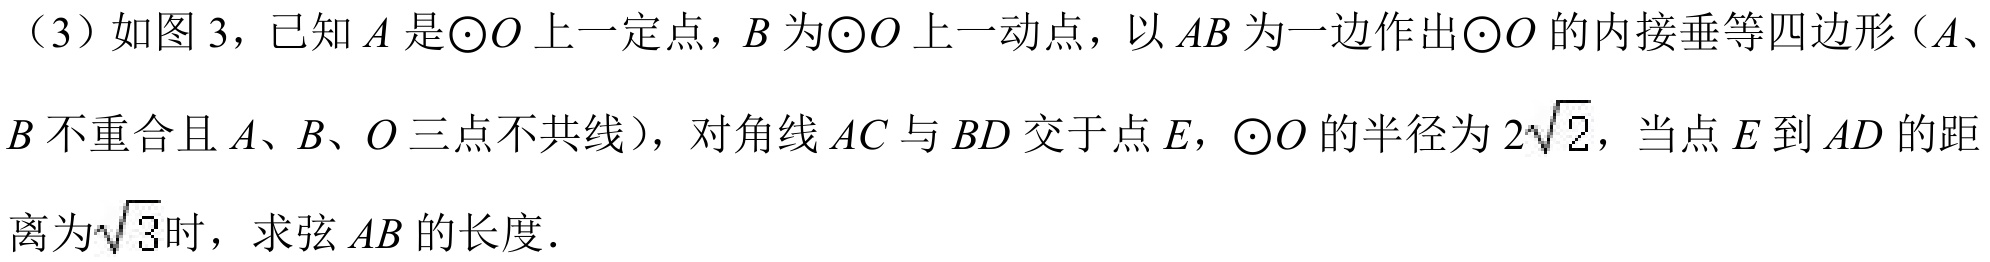
（3）如图3，已知$A$是$\odot O$上一定点，$B$为$\odot O$上一动点，以$AB$为一边作出$\odot O$的内接垂等四边形（$A$、$B$不重合且$A$、$B$、$O$三点不共线），对角线$AC$与$BD$交于点$E$，$\odot O$的半径为$2\sqrt{2}$，当点$E$到$AD$的距离为$\sqrt{3}$时，求弦$AB$的长度．